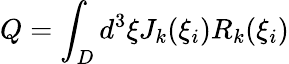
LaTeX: Q=\int_{D}d^{3}\xi J_{k}(\xi_{i})R_{k}(\xi_{i})